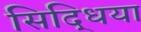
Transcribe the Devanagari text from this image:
सिद्धिया